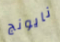
نايونج